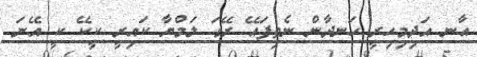
އާނ އަދިމިހިރީ ހަނދާން ނެތިފައޭ ރޭގަ ލަމްޔާ ކައިރީ ކީކޭ ކީ އޭނަ